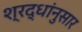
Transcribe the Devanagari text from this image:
श्रद्धांनुसार